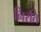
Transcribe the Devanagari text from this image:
निरति